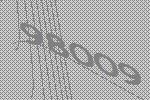
98009